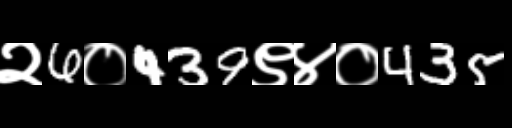
Text: २6०439९४०435